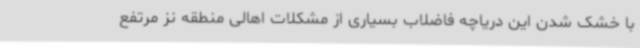
با خشک شدن این دریاچه فاضلاب بسیاری از مشکلات اهالی منطقه نز مرتفع